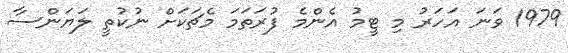
1979 ވަނަ އަހަރު މި ޓީމު އެންމެ ފުރަތަމަ މެޗަކަށް ނުކުތީ ލަޔަންސާ